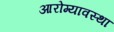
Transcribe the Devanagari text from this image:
आरोग्यावस्था